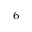
^ { 6 }